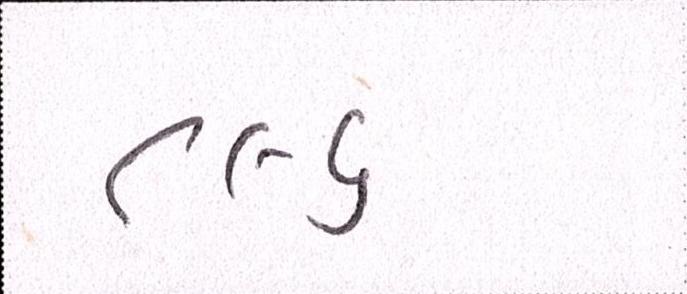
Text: ૮૯૬